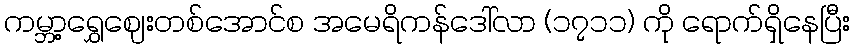
ကမ္ဘာ့ရွှေဈေးတစ်အောင်စ အမေရိကန်ဒေါ်လာ (၁၇၁၁) ကို ရောက်ရှိနေပြီး